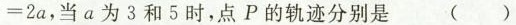
= 2 a$$，当a为3和5时，点P的轨迹分别是 ( )